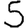
Digit: 5